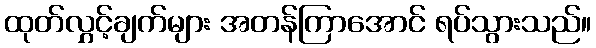
ထုတ်လွှင့်ချက်များ အတန်ကြာအောင် ရပ်သွားသည်။